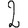
Digit: 2